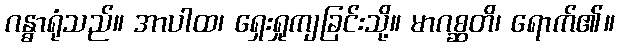
ဂန္ဓာရုံသည်။ အာပါထ၊ ရှေးရှုကျခြင်းသို့။ မာဂစ္ဆတိ၊ ရောက်၏။